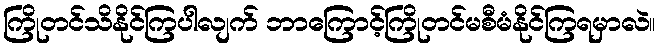
ကြိုတင်သိနိုင်ကြပါလျက် ဘာကြောင့်ကြိုတင်မစီမံနိုင်ကြရမှာလဲ။